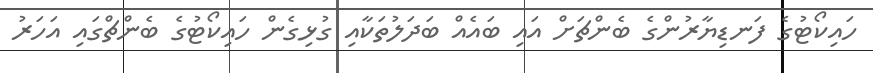
ހައިކޯޓުގެ ފަނޑިޔާރުންގެ ބެންޗަށް އައި ބައެއް ބަދަލުތަކާއި ގުޅިގެން ހައިކޯޓުގެ ބެންޗްގައި އަހަރު